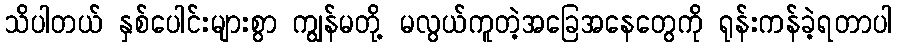
သိပါတယ် နှစ်ပေါင်းများစွာ ကျွန်မတို့ မလွယ်ကူတဲ့အခြေအနေတွေကို ရုန်းကန်ခဲ့ရတာပါ